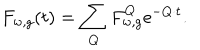
F _ { w , g } ( t ) = \sum _ { Q } F _ { w , g } ^ { Q } \mathrm { e } ^ { - Q \cdot t } .